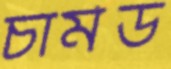
চার্মড